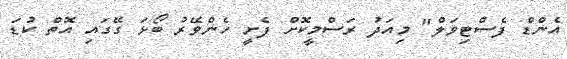
އެންޑް ފެސްޓިވަލް" މިއަދު ރަސްމީކޮށް ފެށީ ހެންވޭރު ބޯޅަ ގޭގައި އޮތް ކުޑަ